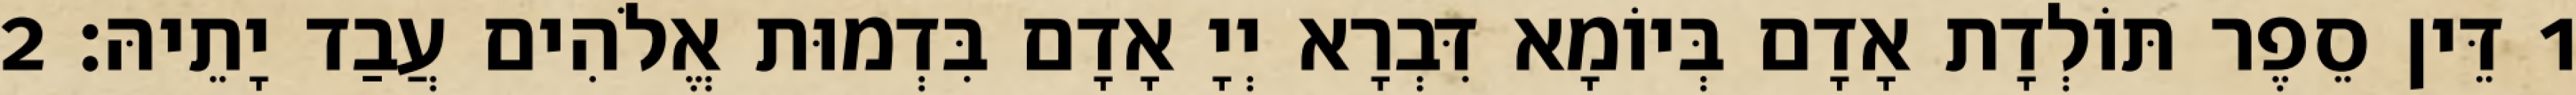
1 דֵּין סֵפֶר תּוֹלְדָת אָדָם בְּיוֹמָא דִּבְרָא יְיָ אָדָם בִּדְמוּת אֱלֹהִים עֲבַד יָתֵיהּ׃ 2